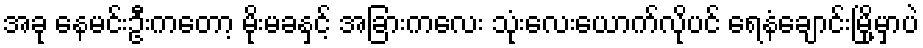
အခု နေမင်းဦးကတော့ မိုးမခနှင့် အခြားကလေး သုံးလေးယောက်လိုပင် ရေနံချောင်းမြို့မှာပဲ